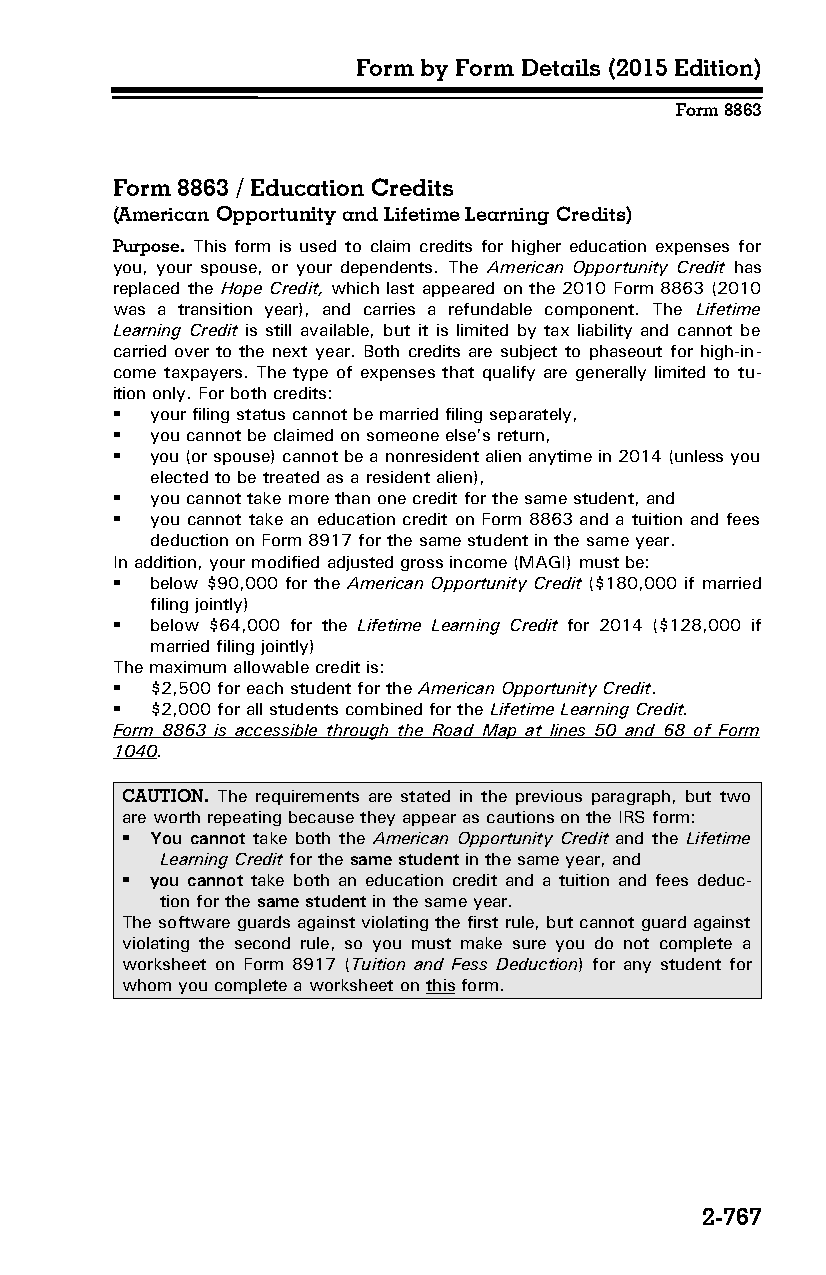
Form by Form Details (2015 Edition)
 Form 8863
 Form 8863 / Education Credits
 (American Opportunity and Lifetime Learning Credits)
 Purpose. This form is used to claim credits for higher education expenses for
 you, your spouse, or your dependents. The American Opportunity Credit has
 replaced the Hope Credit, which last appeared on the 2010 Form 8863 (2010
 was a transition year), and carries a refundable component. The Lifetime
 Learning Credit is still available, but it is limited by tax liability and cannot be
 carried over to the next year. Both credits are subject to phaseout for high-in­
 come taxpayers. The type of expenses that qualify are generally limited to tu­
 ition only. For both credits:
   your filing status cannot be married filing separately,
   you cannot be claimed on someone else’s return,
   you (or spouse) cannot be a nonresident alien anytime in 2014 (unless you
 elected to be treated as a resident alien),
   you cannot take more than one credit for the same student, and
   you cannot take an education credit on Form 8863 and a tuition and fees
 deduction on Form 8917 for the same student in the same year.
 In addition, your modified adjusted gross income (MAGI) must be:
   below $90,000 for the American Opportunity Credit ($180,000 if married
 filing jointly)
   below $64,000 for the Lifetime Learning Credit for 2014 ($128,000 if
 married filing jointly)
 The maximum allowable credit is:
   $2,500 for each student for the American Opportunity Credit.
   $2,000 for all students combined for the Lifetime Learning Credit.
 Form 8863 is accessible through the Road Map at lines 50 and 68 of Form
 1040.
 CAUTION. The requirements are stated in the previous paragraph, but two
 are worth repeating because they appear as cautions on the IRS form:
  You cannot take both the American Opportunity Credit and the Lifetime
 Learning Credit for the same student in the same year, and
  you cannot take both an education credit and a tuition and fees deduc­
 tion for the same student in the same year.
 The software guards against violating the first rule, but cannot guard against
 violating the second rule, so you must make sure you do not complete a
 worksheet on Form 8917 (Tuition and Fess Deduction) for any student for
 whom you complete a worksheet on this form.
 2-767